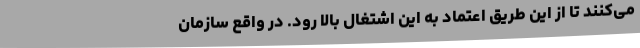
می‌کنند تا از این طریق اعتماد به این اشتغال بالا رود. در واقع سازمان